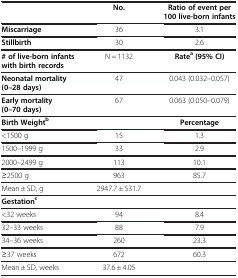
<table><thead><tr><td><b> </b></td><td><b>No.</b></td><td><b>Ratio of event per 100 live-born infants</b></td></tr></thead><tbody><tr><td><b>Miscarriage</b></td><td>36</td><td>3.1</td></tr><tr><td><b>Stillbirth</b></td><td>30</td><td>2.6</td></tr><tr><td><b># of live-born infants with birth records</b></td><td>N = 1132</td><td><b>Rate</b><sup><b>a</b></sup><b>(95% CI)</b></td></tr><tr><td><b>Neonatal mortality (0–28 days)</b></td><td>47</td><td>0.043 (0.032–0.057)</td></tr><tr><td><b>Early mortality (0–70 days)</b></td><td>67</td><td>0.063 (0.050–0.079)</td></tr><tr><td><b>Birth Weight</b><sup><b>b</b></sup></td><td> </td><td><b>Percentage</b></td></tr><tr><td>&lt;1500 g</td><td>15</td><td>1.3</td></tr><tr><td>1500–1999 g</td><td>33</td><td>2.9</td></tr><tr><td>2000–2499 g</td><td>113</td><td>10.1</td></tr><tr><td>≥2500 g</td><td>963</td><td>85.7</td></tr><tr><td>Mean ± SD, g</td><td>2947.7 ± 531.7</td><td> </td></tr><tr><td><b>Gestation</b><sup><b>c</b></sup></td><td> </td><td> </td></tr><tr><td>&lt;32 weeks</td><td>94</td><td>8.4</td></tr><tr><td>32–33 weeks</td><td>88</td><td>7.9</td></tr><tr><td>34–36 weeks</td><td>260</td><td>23.3</td></tr><tr><td>≥37 weeks</td><td>672</td><td>60.3</td></tr><tr><td>Mean ± SD, weeks</td><td>37.6 ± 4.05</td><td> </td></tr></tbody></table>